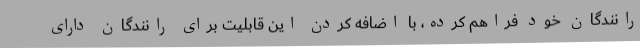
رانندگان خود فراهم کرده، با اضافه کردن این قابلیت برای رانندگان دارای